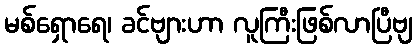
မစ်ရှောရေ၊ ခင်ဗျားဟာ လူကြီးဖြစ်လာပြီဗျ